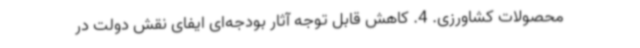
محصولات کشاورزی. 4. کاهش قابل توجه آثار بودجه‌ای ایفای نقش دولت در